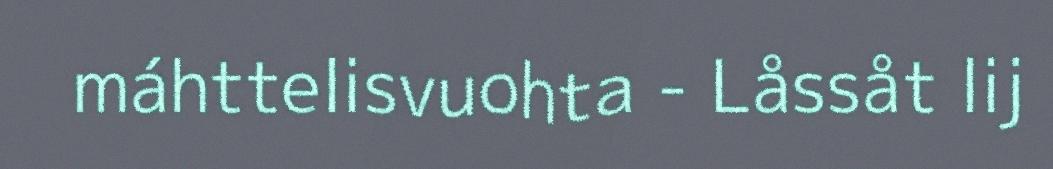
máhttelisvuohta - Låssåt lij